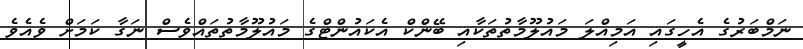
ނަމްބަރުގެ އެހީގައި އަމިއްލަ މައުލޫމާތުތަކާއި ބޭންކް އެކައުންޓްގެ މައުލޫމާތުތައްވެސް ނަގާ ކަމަށް ވެއެވެ